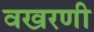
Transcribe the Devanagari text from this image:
वखरणी